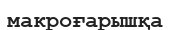
макроғарышқа